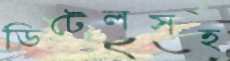
ডিটেলসহ